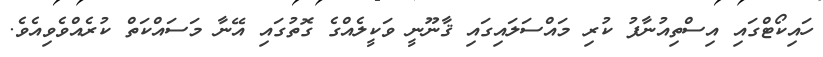
ހައިކޯޓްގައި އިސްތިއުނާފު ކުރި މައްސަލައިގައި ޤާނޫނީ ވަކީލެއްގެ ގޮތުގައި އޭނާ މަސައްކަތް ކުރެއްވެވިއެވެ.